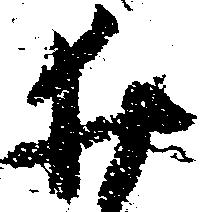
井